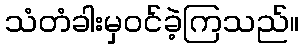
သံတံခါးမှဝင်ခဲ့ကြသည်။